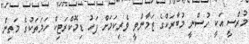
މުރްސީ އަކީ ހުސްނީ މުބާރަކްގެ ޒަމާންވީ ވެރިކަމަށް ފަހު ޑިމޮކްރަޓިކް ހަމަތަކުގެ މަތިން